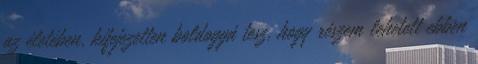
az életében, kifejezetten boldoggá tesz, hogy részem lehetett ebben